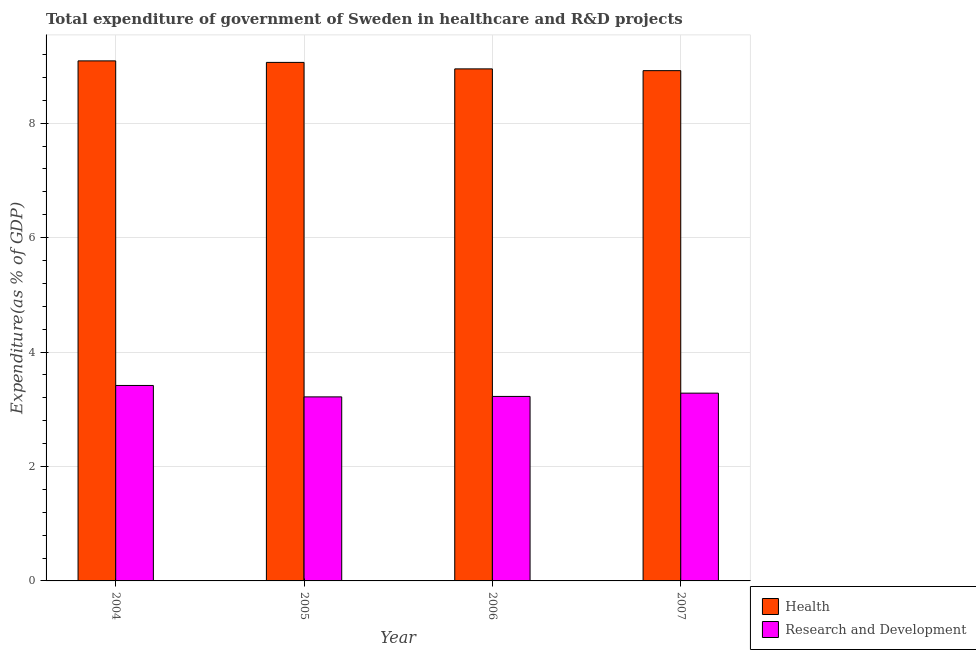
| Year | Health | Research and Development |
 | --- | --- | --- |
 | 2004 | 9.09 | 3.42 |
 | 2005 | 9.06 | 3.22 |
 | 2006 | 8.95 | 3.22 |
 | 2007 | 8.92 | 3.28 |